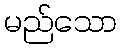
မည်သော